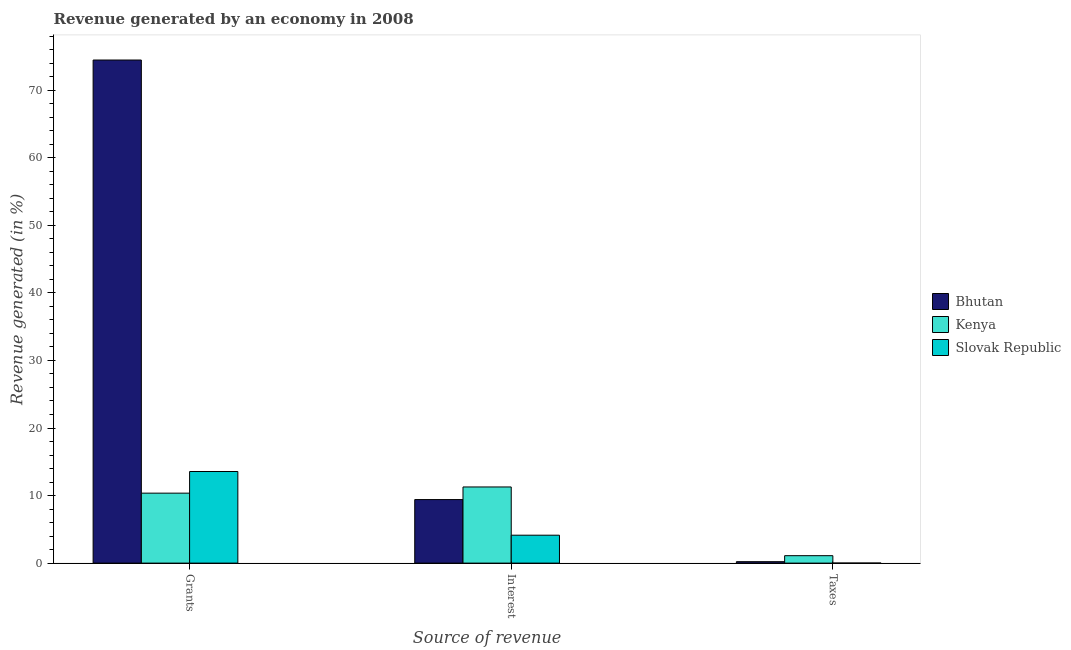
| Source of revenue | Bhutan | Kenya | Slovak Republic |
 | --- | --- | --- | --- |
 | Grants | 74.5 | 10.4 | 13.6 |
 | Interest | 9.41 | 11.3 | 4.13 |
 | Taxes | 0.211 | 1.1 | 0.00703 |